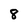
Character: 8